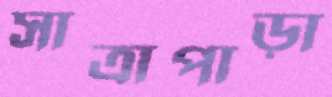
সাত্রাপাড়া